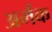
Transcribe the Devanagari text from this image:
अर्मक